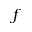
f